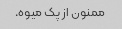
ممنون از پک میوه.